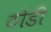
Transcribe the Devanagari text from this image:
ठोडी